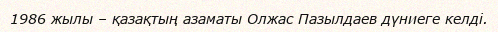
1986 жылы – қазақтың азаматы Олжас Пазылдаев дүниеге келді.